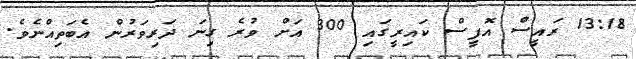
13:18 ރައީސް އޮފީސް ކައިރީގައި 300 އަށް ވުރެ ގިނަ ދަރިވަރުން އެބަތިއްނެވެ.